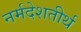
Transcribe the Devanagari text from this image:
नर्मदेशतीर्थ